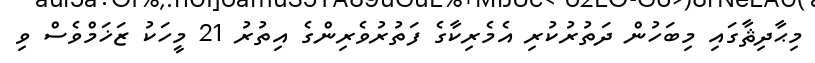
މިޙާދިޘާގައި މިބަހުން ދަތުރުކުރި އެމެރިކާގެ ފަތުރުވެރިންގެ އިތުރު 21 މީހަކު ޒަޚަމްވެސް ވި